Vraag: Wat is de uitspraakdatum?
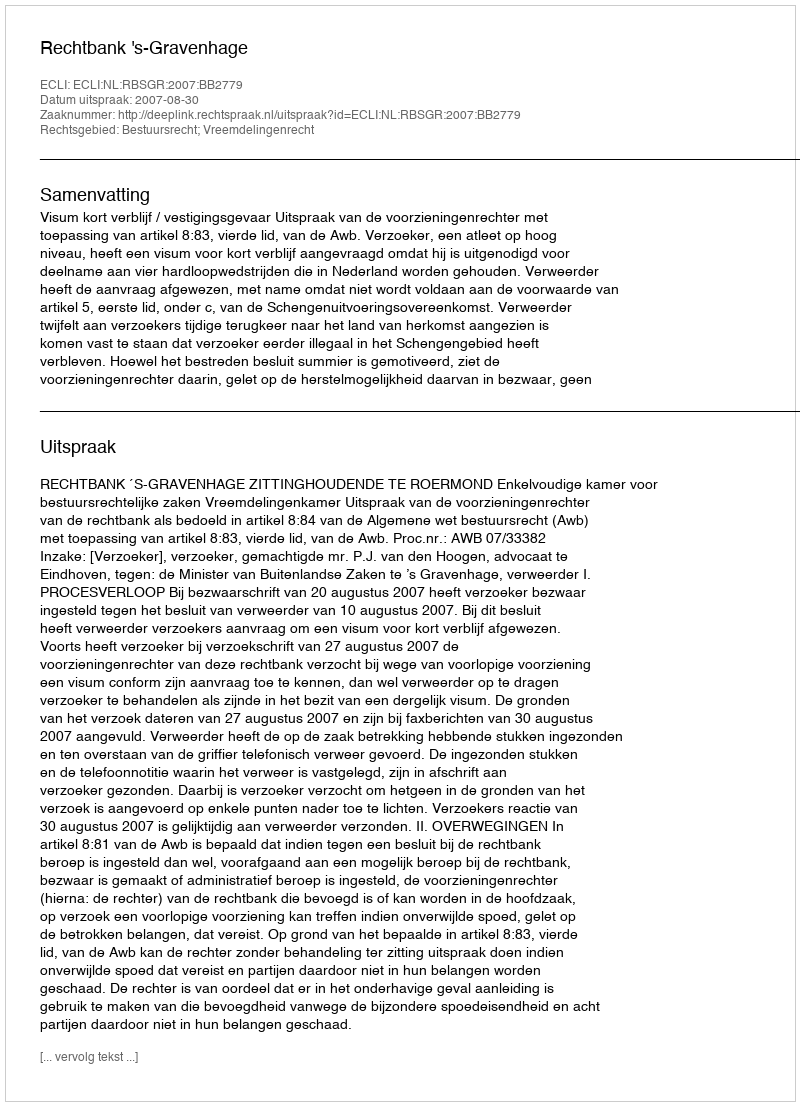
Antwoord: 2007-08-30